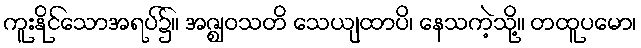
ကူးနိုင်သောအရပ်၌။ အဇ္ဈဝသတိ သေယျထာပိ၊ နေသကဲ့သို့။ တထူပမော၊